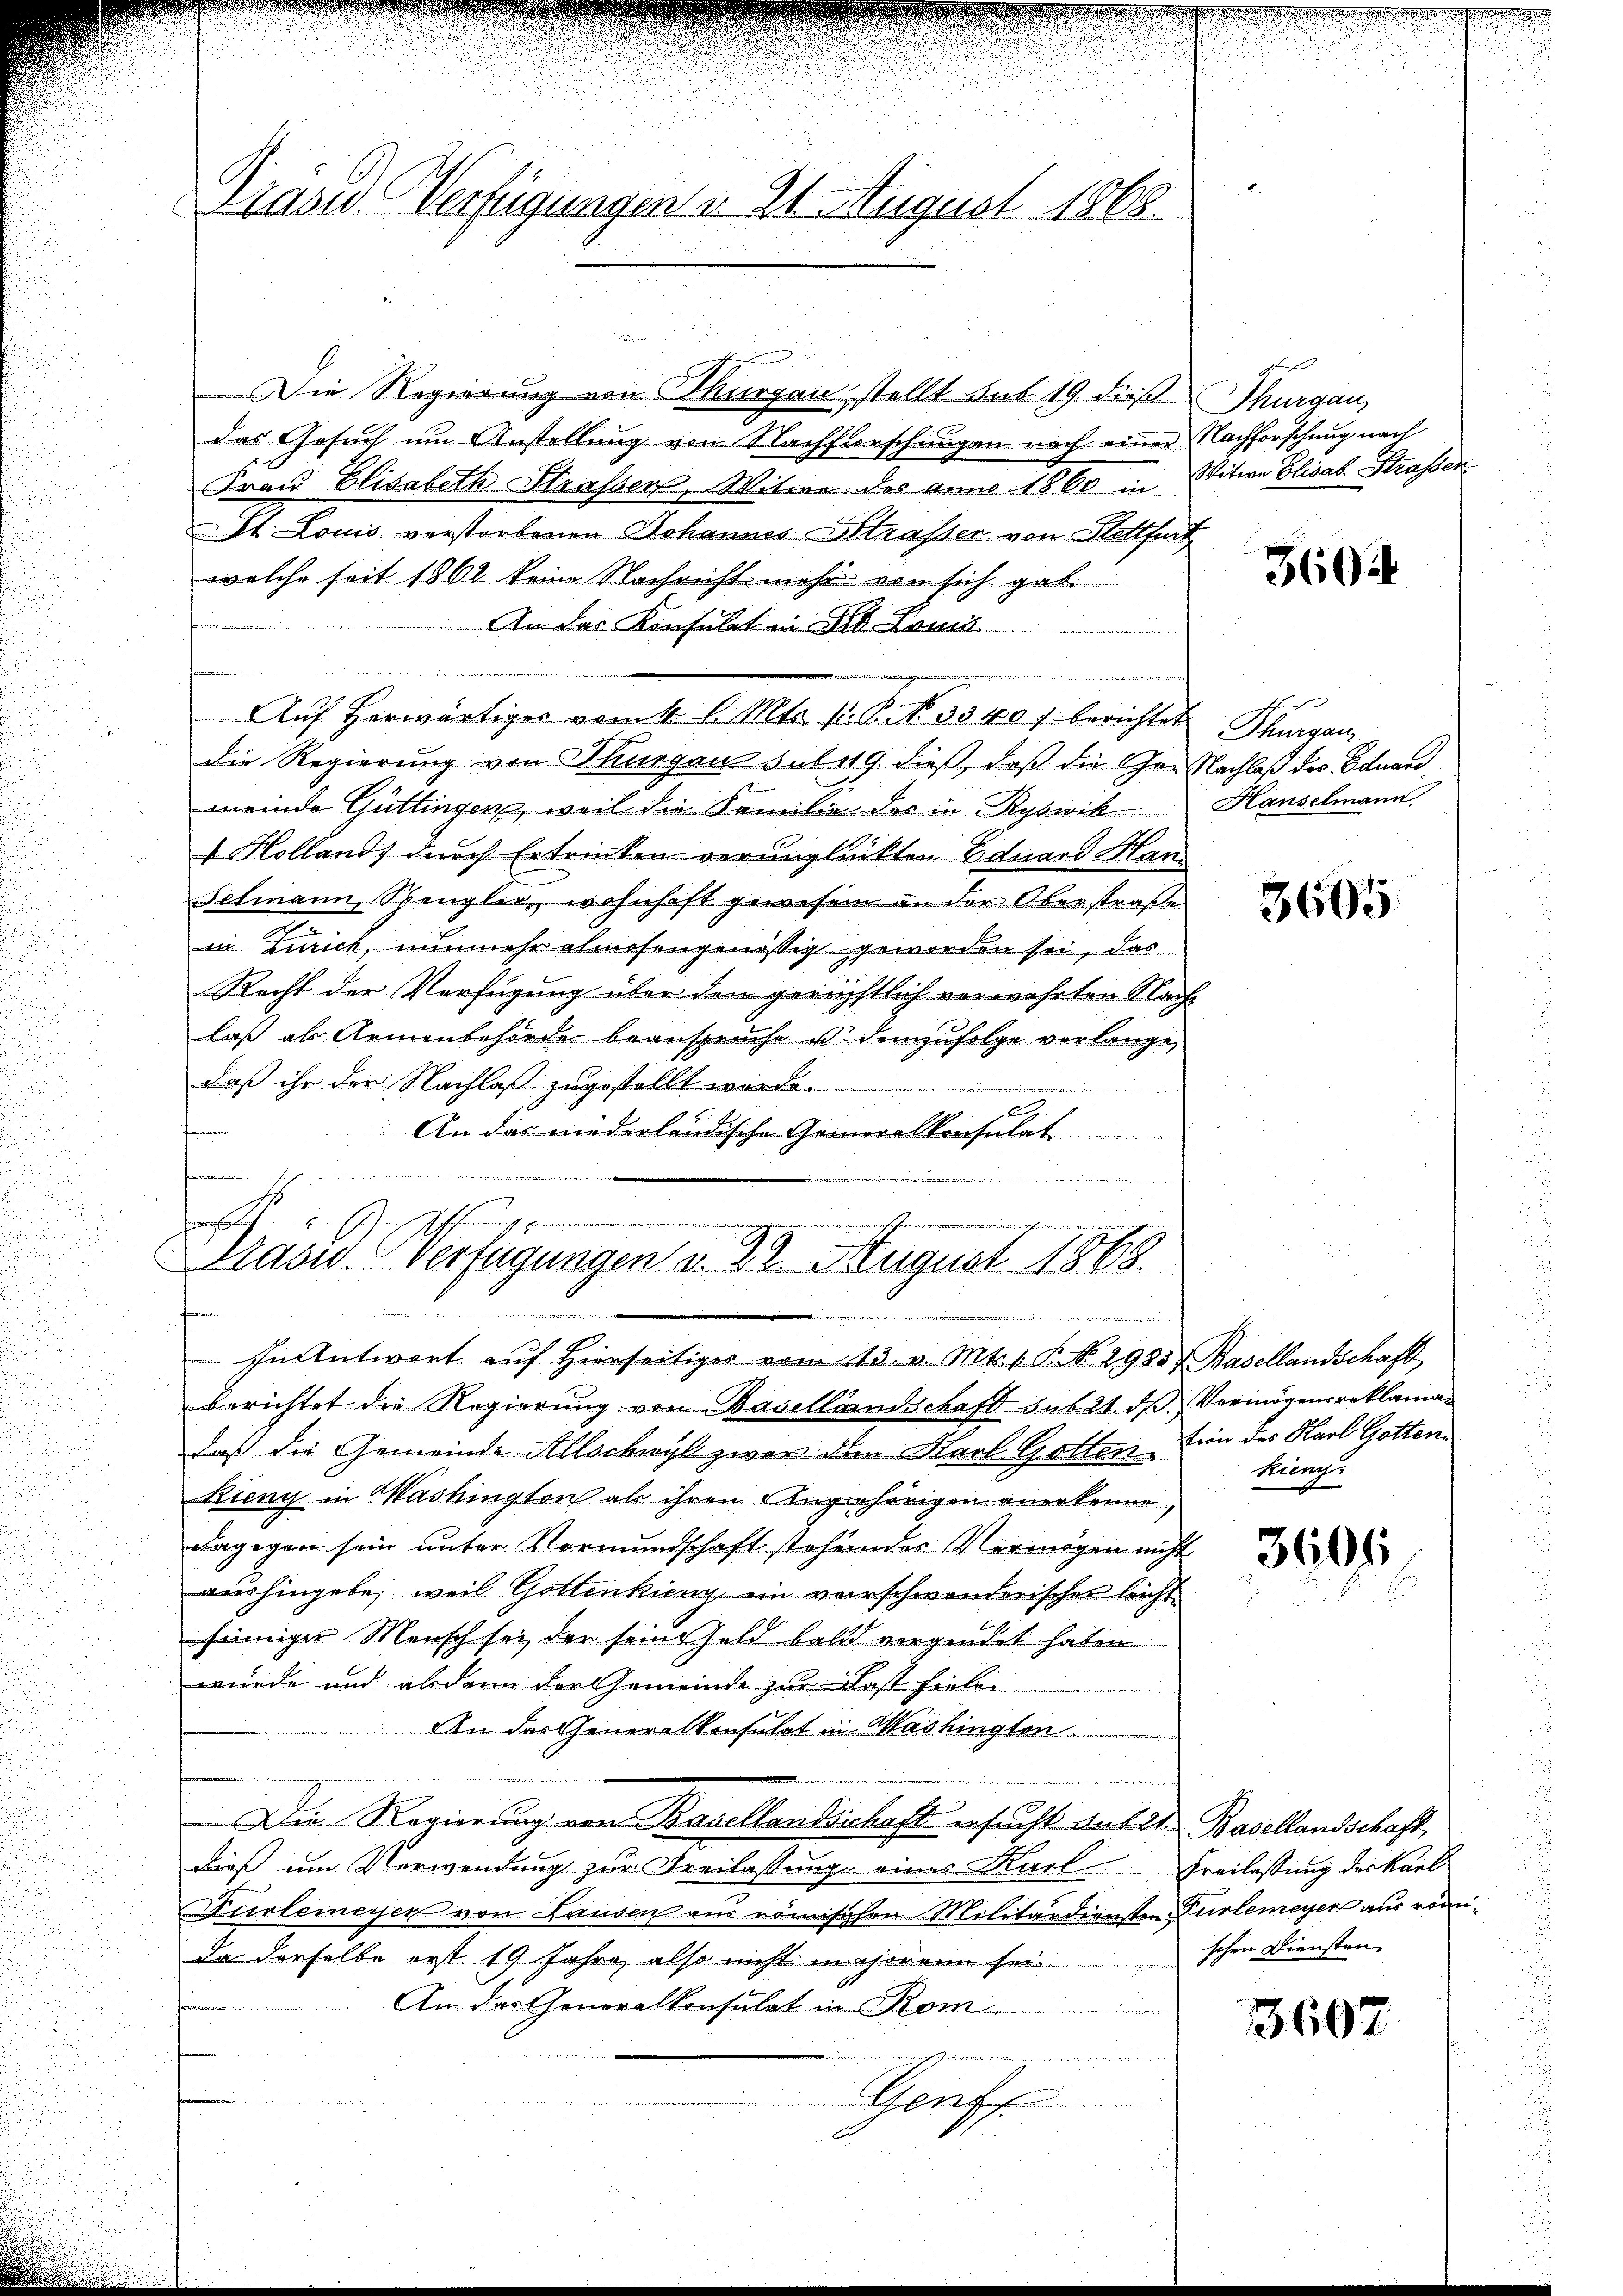
Präsid. Verfügungen u. 21. August 1868.

i
d
if
In Antwort aŭf hierseitiger vom 13. v. Mts. s. P. No. 2935) Basellandschaft

Die Regierung von Thurgau stellt sub 19. dieß Thurgau,
das Gesuch um Anstellung von Nachforschangen nach einer Nachforschung nach
Frau Elisabeth Strasser, Witwe des anno 1860 Witwe Elisab. Strassen
St. Louis verstorbenen Johannes Strasser von Stettfurt
welche seit 1862 keine Nachricht mehr von sich gab
An das Konsulat in Seb. Louis
u
Aŭf herwärtiges von 4 l. Mts. 1. Bit. 3340 f berichtet Thurgau
die Regierung von Thurgau sub 19. dieß, daß die Ger Nachlaß des Eduard
meinde Güttingen, weil die Familie des in Rybwik Hauselmann
 Kollands durch Ertrinken verunglückten Eduard Han¬
Schmann, Spengler, wohnhaft gewesen an der Oberstraße
in Zürich, nunmehr almosengenössig geworden sei, das
Recht der Verfügung über den gerichtlich verwehrten Nachlaß als Armenbehörde beansprüche es demzufolge verlange,
daß ihr der Nachlaß zugestellt worden
n
An das niederländische Generalkonsulat
fammen
.
härer
eeren der
t
fung
7
Präsid. Verfügungen v. 22. August 1863.

berichtet die Regierung von Basellandschaft sub 21. ds Vermögensreklaman
daß die Gemeinde Allschwyl zwar den Karl Gottention des Karl Gotten.
Kieny in Washington ab ihren Angehörigen anerkenne,
dagegen sein unter Vormundschaft stehendes Vermögen nicht
aushingebe, weil Gottenkieng ein verrschwanderischer leicht
sinniger Mensch sei der seine Geld bald vergendet haben
wurde und alsdann der Gemeinde zur Rest fiele
An das Generalkonsulat in Washington
n
Die Regierung von Basellandsschaft ersucht auf 21. Basellandschaft,
dieß um Verwendung zur Freilassung eines Karl Freilassung des Karl
Furleineyen von Lausen aus römischen Militärdiensten Türlemeyer aus romi¬
Da derselbe erst 19 Jahre, also nicht majorenn sei.
An der Generalkonsulat in Rom
                                     wenn eine
Genf

360

3605

kieng.

3601

schen Diensten.

3607